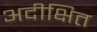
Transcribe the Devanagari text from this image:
अदीक्षित